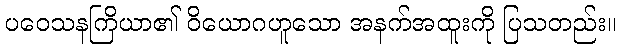
ပဝေသနကြိယာ၏ ဝိယောဂဟူသော အနက်အထူးကို ပြသတည်း။